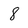
Character: 8